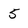
Character: 5